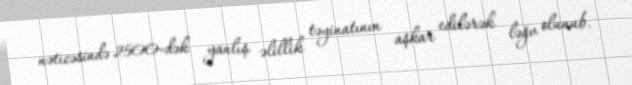
nəticəsində 2500-dək yanlış əlillik təyinatının aşkar edilərək ləğv olunub.